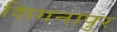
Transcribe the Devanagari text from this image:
शिगनापुर